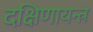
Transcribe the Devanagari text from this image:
दक्षिणायन्त्र